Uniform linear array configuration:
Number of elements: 24
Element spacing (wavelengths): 0.5
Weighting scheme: binomial
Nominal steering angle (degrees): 45
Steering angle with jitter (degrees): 45.479
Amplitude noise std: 0.05
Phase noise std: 0.05

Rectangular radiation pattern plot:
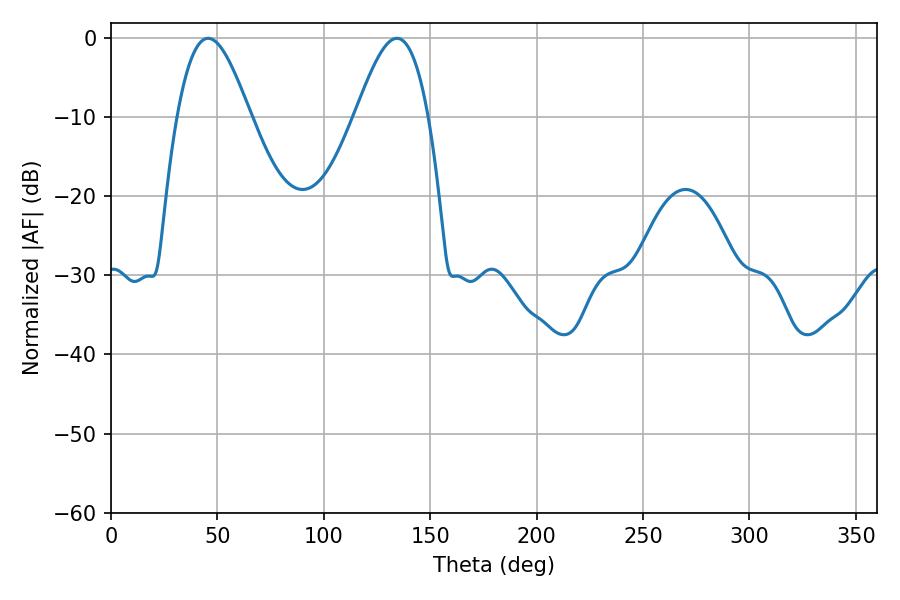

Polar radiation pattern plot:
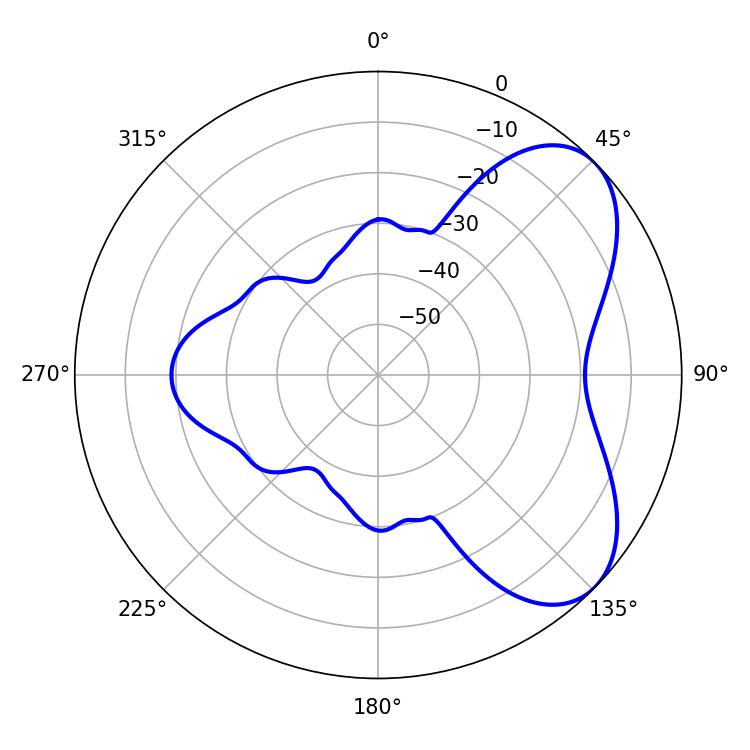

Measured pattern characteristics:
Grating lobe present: FALSE
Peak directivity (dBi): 5.876
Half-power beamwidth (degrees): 18.36
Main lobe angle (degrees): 45.72